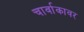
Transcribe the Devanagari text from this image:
चार्वाकावर